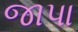
જાપા